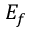
E _ { f }